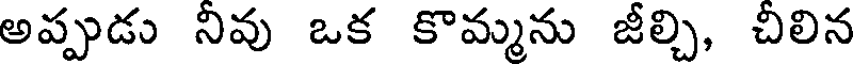
అప్పుడు నివు ఒక కొమ్మను జీల్చి, చిలిన